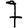
Digit: 7